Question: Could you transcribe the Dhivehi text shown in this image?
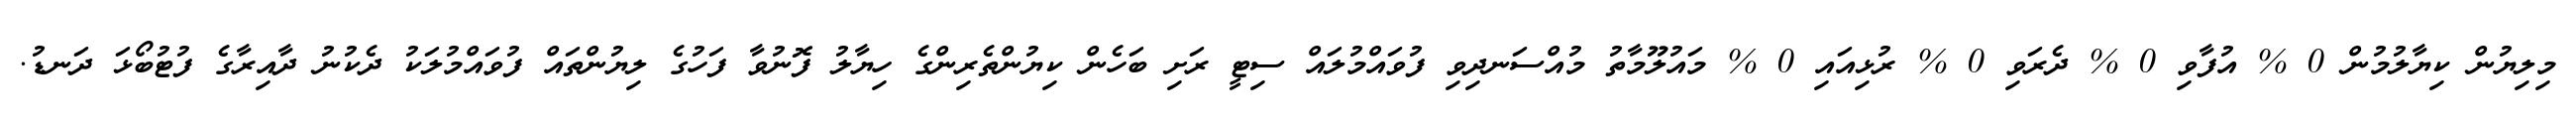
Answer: މިލިޔުން ކިޔާލުމުން 0 % އުފާވި 0 % ދެރަވި 0 % ރުޅިއައި 0 % މައުލޫމާތު މުއްސަނދިވި ފުވައްމުލައް ސިޓީ ރަށި ބަހެން ކިޔުންތެރިންގެ ހިޔާލު ފޮނުވާ ފަހުގެ ލިޔުންތައް ފުވައްމުލަކު ދެކުނު ދާއިރާގެ ފުޓުބޯޅަ ދަނޑު.